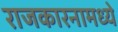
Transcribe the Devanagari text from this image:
राजकारनामध्ये